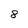
Character: 8